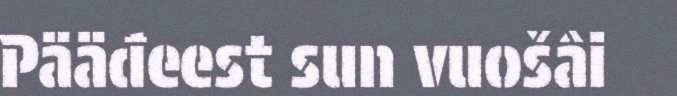
Pääđeest sun vuošâi